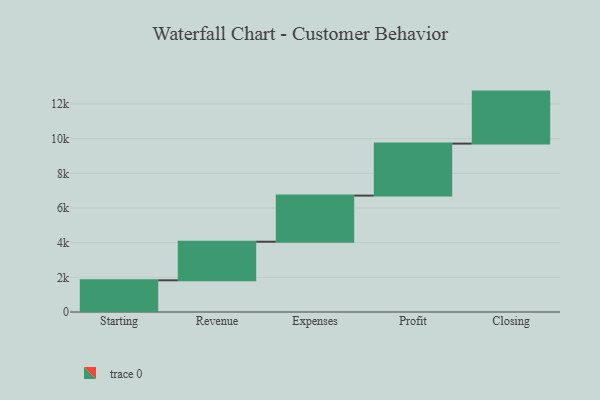
{"axis": {"x": "Step", "y": "Value"}, "legend": [""], "data": [{"x": "Starting", "y": 1828.0, "type": ""}, {"x": "Revenue", "y": 2227.0, "type": ""}, {"x": "Expenses", "y": 2659.0, "type": ""}, {"x": "Profit", "y": 3000, "type": ""}, {"x": "Closing", "y": 3000, "type": ""}]}